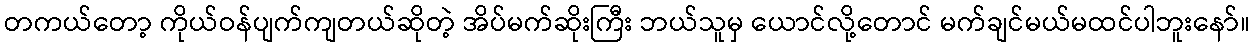
တကယ်တော့ ကိုယ်ဝန်ပျက်ကျတယ်ဆိုတဲ့ အိပ်မက်ဆိုးကြီး ဘယ်သူမှ ယောင်လို့တောင် မက်ချင်မယ်မထင်ပါဘူးနော်။